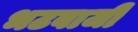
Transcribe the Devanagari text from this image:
भटबाजी